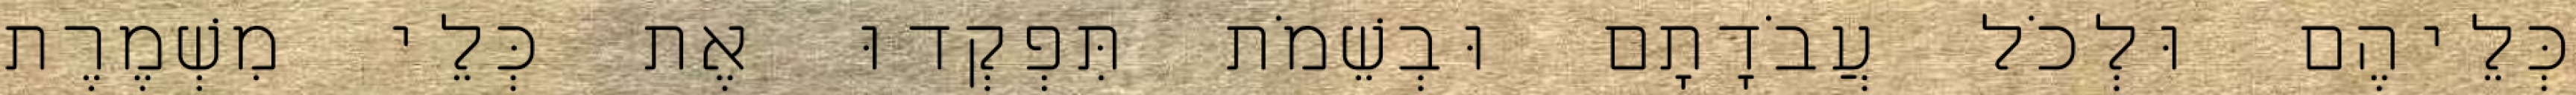
כְּלֵיהֶם וּלְכֹל עֲבֹדָתָם וּבְשֵׁמֹת תִּפְקְדוּ אֶת כְּלֵי מִשְׁמֶרֶת